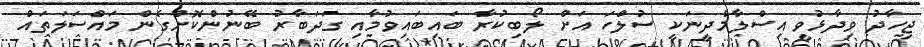
ޖިހާދު ވިދާޅުވީ އިސްލާމްދީނަކީ ސުލްހަ އަށް ލޯބިކުރާ ބައިބައިވުމާއި ގަދަބާރު ބޭނުންކޮށްގެން މައްސަލަތައް